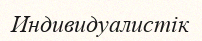
Индивидуалистік